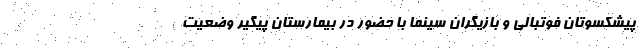
پیشکسوتان فوتبالی و بازیگران سینما با حضور در بیمارستان پیگیر وضعیت